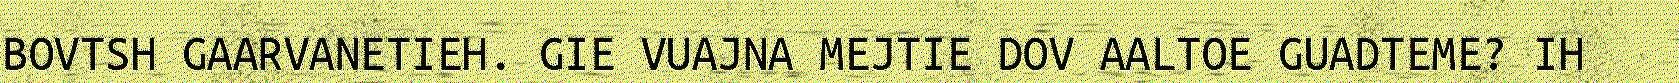
BOVTSH GAARVANETIEH. GIE VUAJNA MEJTIE DOV AALTOE GUADTEME? IH